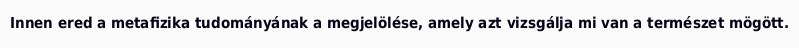
Innen ered a metafizika tudományának a megjelölése, amely azt vizsgálja mi van a természet mögött.